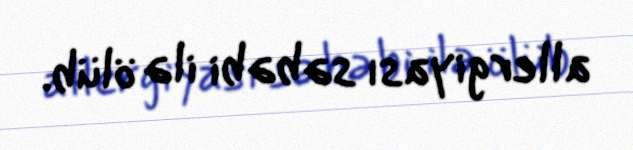
allergiyası səbəbi ilə ölüb.